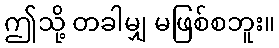
ဤသို့ တခါမျှ မဖြစ်စဘူး။